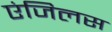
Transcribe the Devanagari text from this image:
एंजिलस